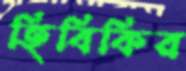
হিবিকির